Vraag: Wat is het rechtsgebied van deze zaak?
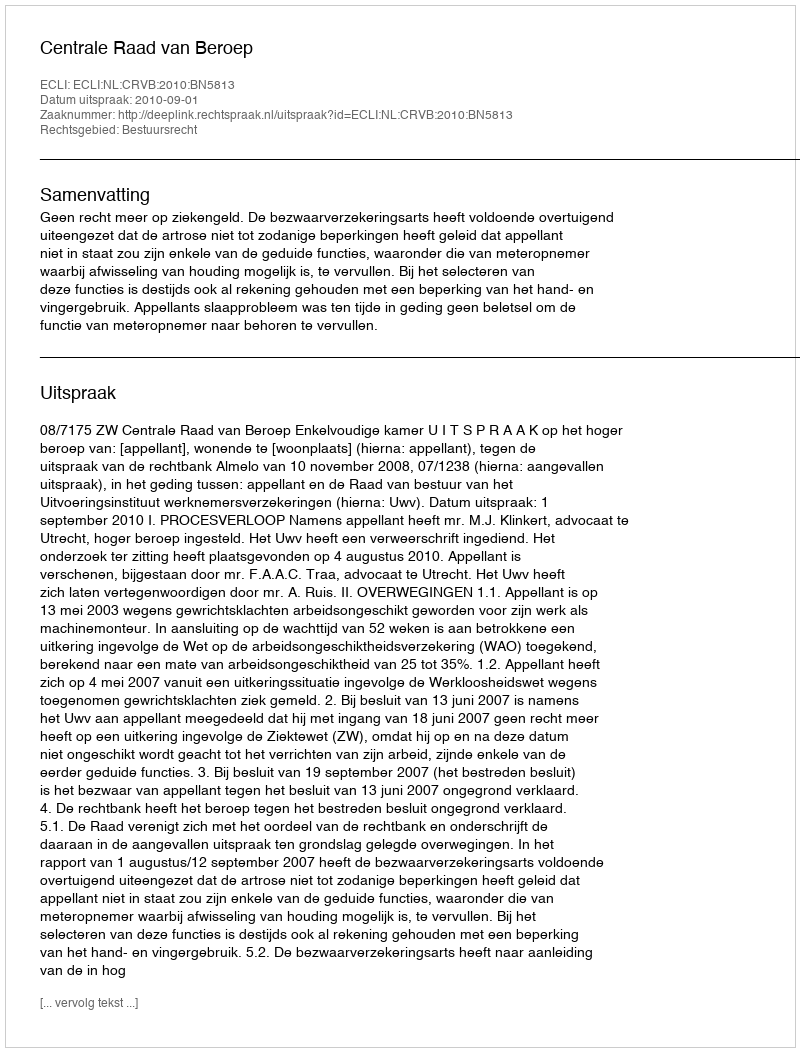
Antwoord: Bestuursrecht